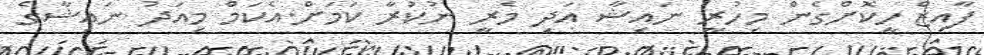
ފާއިޒް ހީކޮށްގެން މިހުރީ ނައިޝާ އަދި މެރީ ނުކުރާ ކަމަށް.އެކަމް މިއަދު ނައިޝާގެ